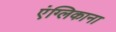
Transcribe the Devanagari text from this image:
एंग्लिकाना